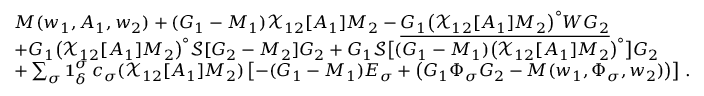
\begin{array} { r l } & { M ( w _ { 1 } , A _ { 1 } , w _ { 2 } ) + ( G _ { 1 } - M _ { 1 } ) \mathcal { X } _ { 1 2 } [ A _ { 1 } ] M _ { 2 } - \underline { { G _ { 1 } \big ( \mathcal { X } _ { 1 2 } [ A _ { 1 } ] M _ { 2 } \big ) ^ { \circ } W G _ { 2 } } } } \\ & { + G _ { 1 } \big ( \mathcal { X } _ { 1 2 } [ A _ { 1 } ] M _ { 2 } \big ) ^ { \circ } \mathcal { S } [ G _ { 2 } - M _ { 2 } ] G _ { 2 } + G _ { 1 } \mathcal { S } \big [ ( G _ { 1 } - M _ { 1 } ) \big ( \mathcal { X } _ { 1 2 } [ A _ { 1 } ] M _ { 2 } \big ) ^ { \circ } \big ] G _ { 2 } } \\ & { + \sum _ { \sigma } \mathbf { 1 } _ { \delta } ^ { \sigma } \, c _ { \sigma } ( \mathcal { X } _ { 1 2 } [ A _ { 1 } ] M _ { 2 } ) \left[ - ( G _ { 1 } - M _ { 1 } ) E _ { \sigma } + \big ( G _ { 1 } \Phi _ { \sigma } G _ { 2 } - M ( w _ { 1 } , \Phi _ { \sigma } , w _ { 2 } ) \big ) \right] \, . } \end{array}